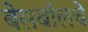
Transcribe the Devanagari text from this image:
बेसबॉलचे